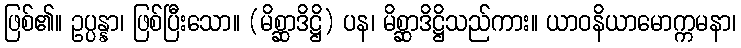
ဖြစ်၏။ ဥပ္ပန္နာ၊ ဖြစ်ပြီးသော။ (မိစ္ဆာဒိဋ္ဌိ) ပန၊ မိစ္ဆာဒိဋ္ဌိသည်ကား။ ယာဝနိယာမောက္ကမနာ၊